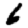
Digit: 6